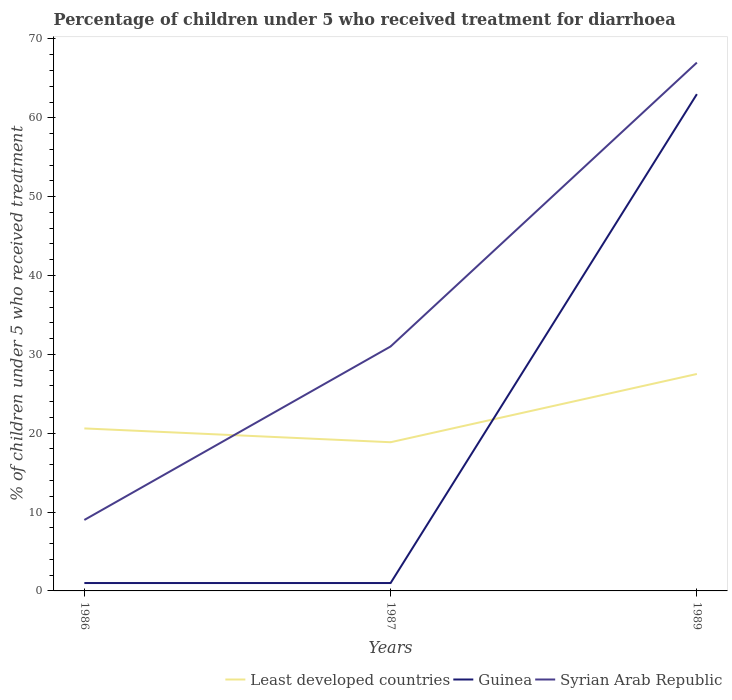
| Years | Least developed countries | Guinea | Syrian Arab Republic |
 | --- | --- | --- | --- |
 | 1986 | 20.6 | 1 | 9 |
 | 1987 | 18.9 | 1 | 31 |
 | 1989 | 27.5 | 63 | 67 |